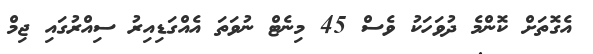
އެގޮތަށް ކޮންމެ ދުވަހަކު ވެސް 45 މިނެޓް ނުވަތަ އެއްގަޑިއިރު ސިއްރުގައި ޖިމް